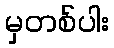
မှတစ်ပါး